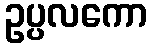
ဥပ္ပလကော